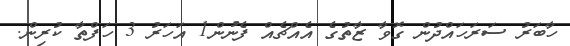
ހާބަރު ސަރަހައްދުން ގޮވާ ޒާތުގެ އެއްޗެއް ފެނުން1 އަހަރު 3 ހަފްތާ ކުރިން.